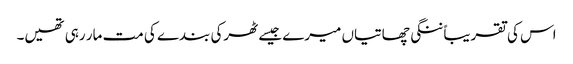
اس کی تقریباً ننگی چھاتیاں میرے جیسے ٹھرکی بندے کی مت مار رہی تھیں۔